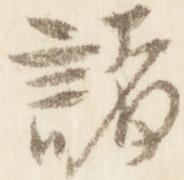
諸